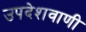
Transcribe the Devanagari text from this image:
उपदेशवाणी